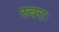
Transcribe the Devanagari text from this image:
स्वरः